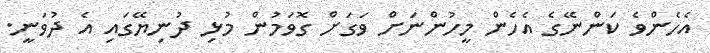
އެހެންވެ ކަންނޭގެ އެހެން މީހުންނަށް ވަގަށް ގޮވަމުން މުޅި ދުނިޔޭގައި އެ ދުވަނީ.